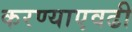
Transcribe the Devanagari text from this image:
करण्याएवढी